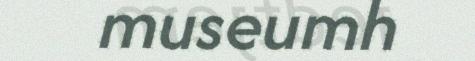
museumh